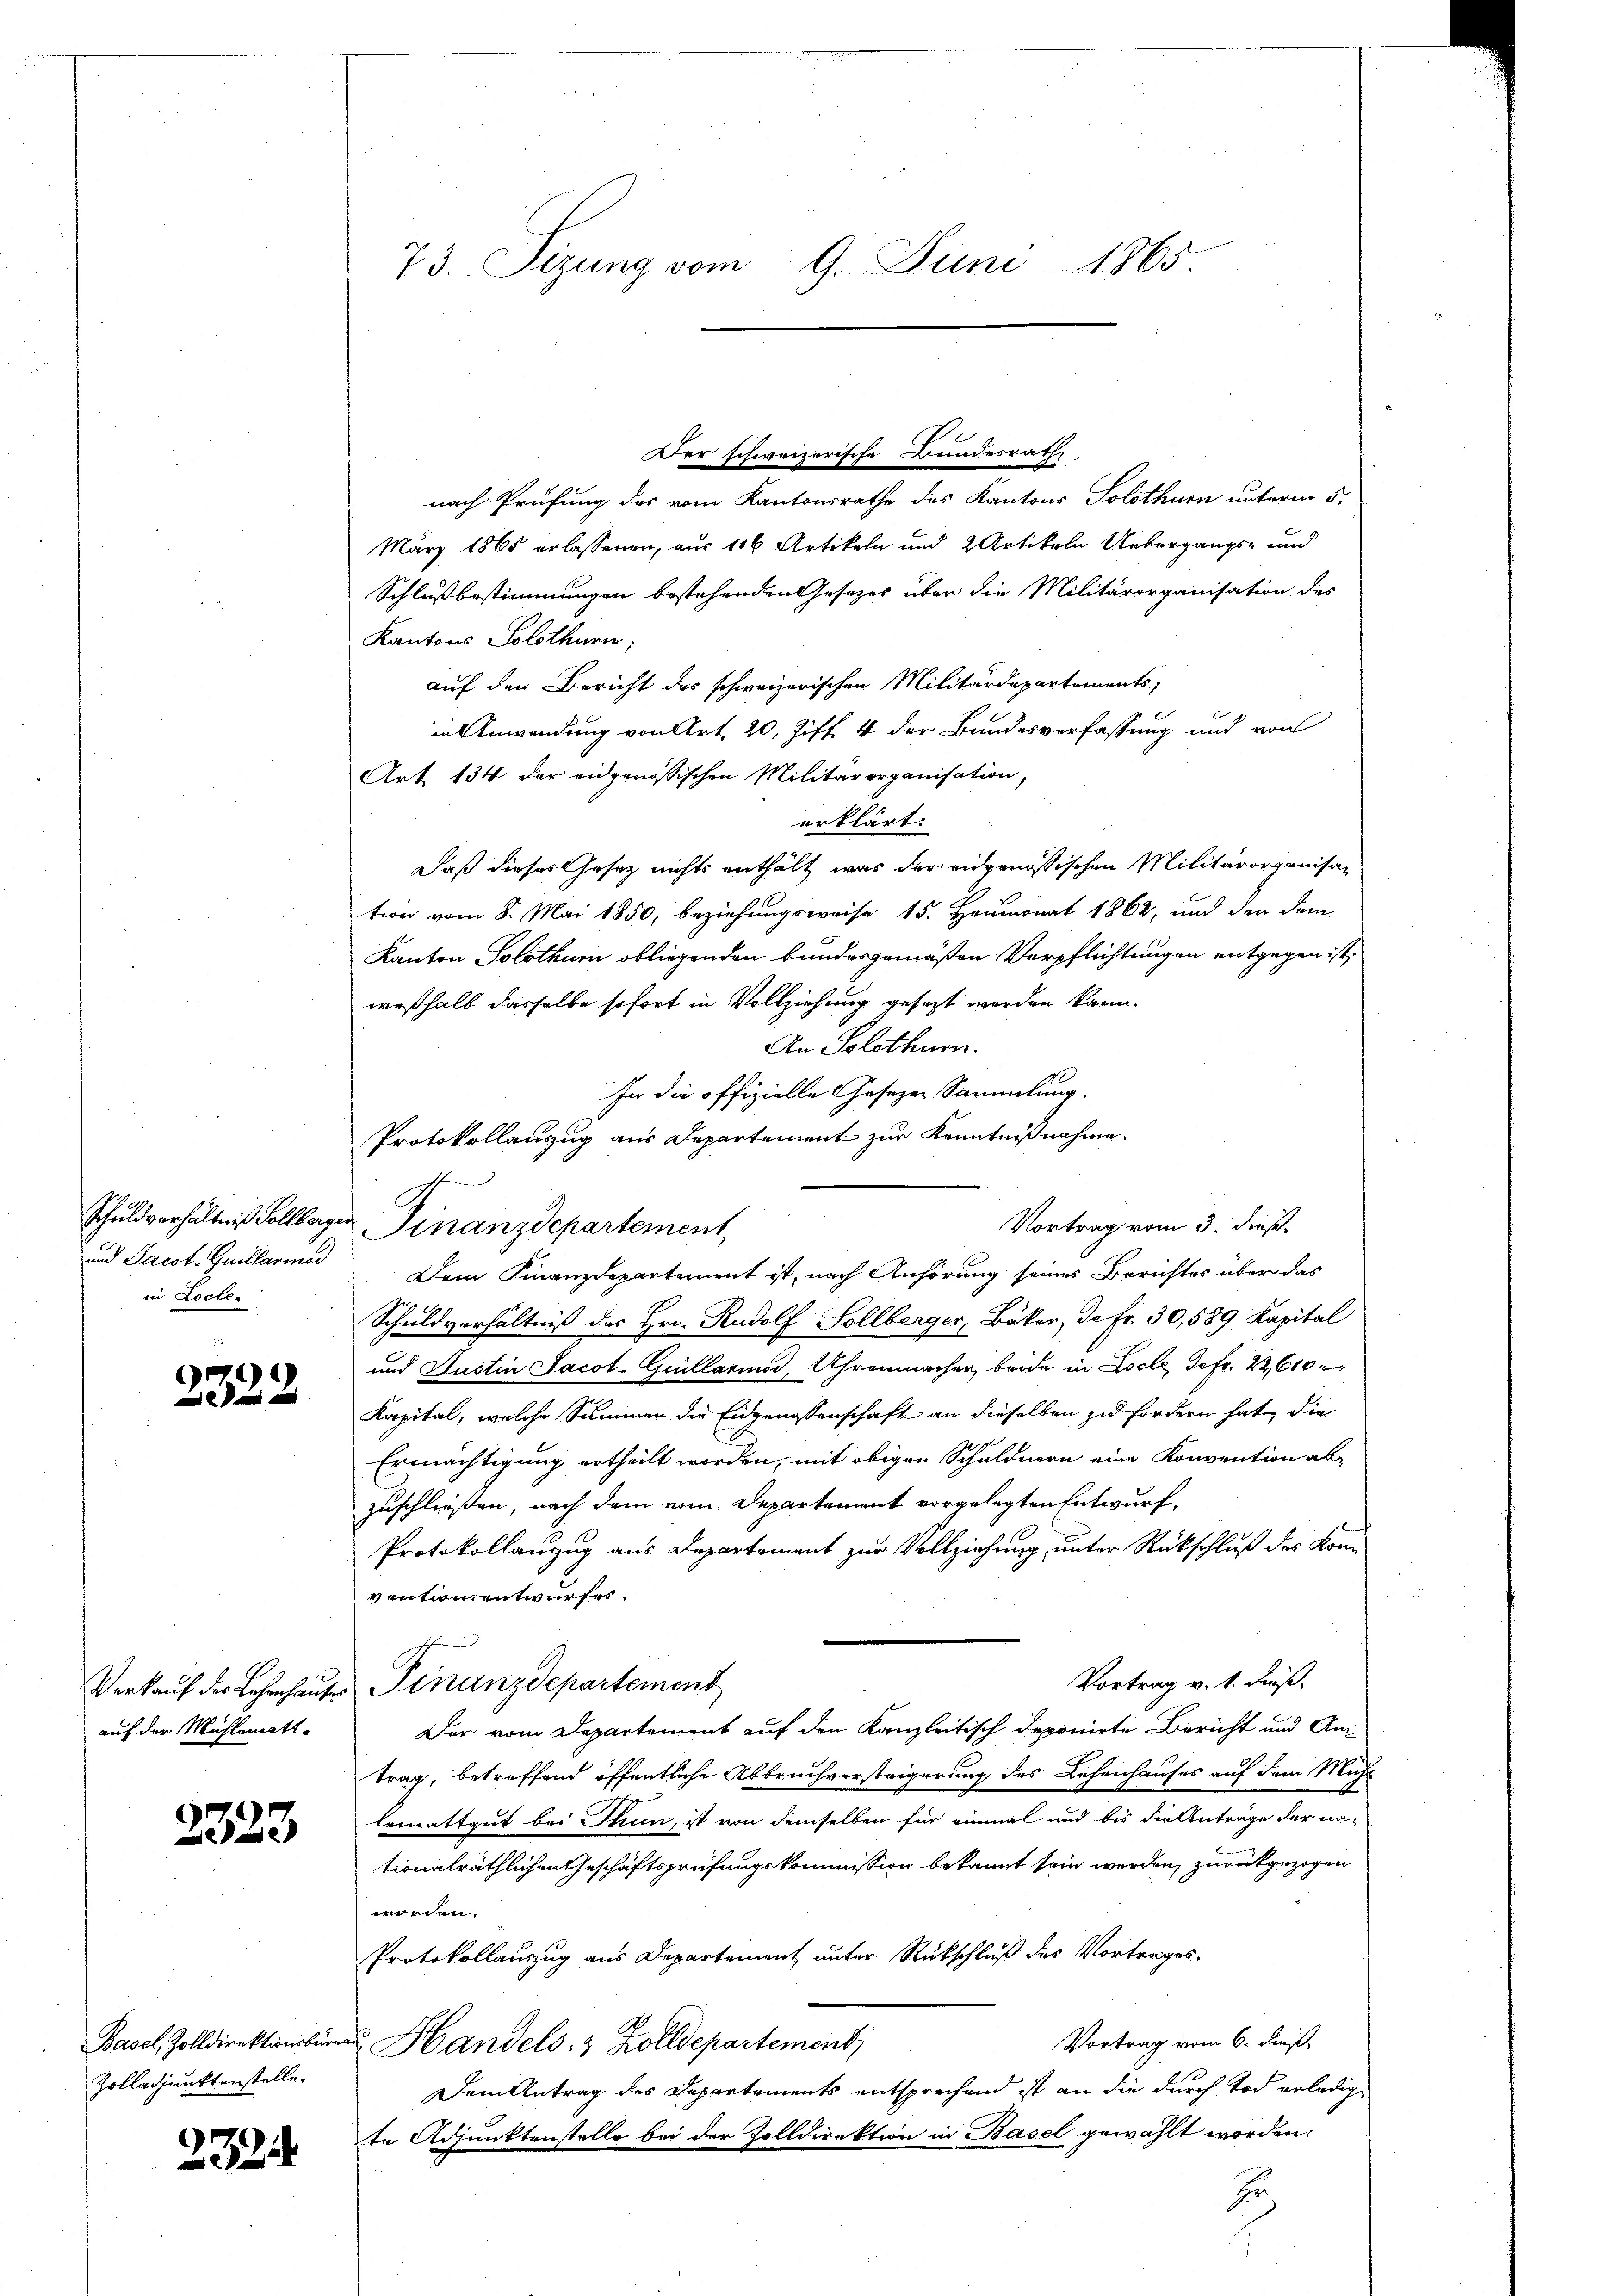
in Locles

2322

auf der Mühlematte

2323

Der schweizerische Bundesrath,
nach Prüfung des vom Kantonsrathe des Kantons Solothurn unterm 5.
März 1865 erlassenen, aus 116 Artikeln und 2 Artikeln Uebergangs- und
Schlußbestimmungen bestehenden Gesetzes über die Militärorganisation des
Kantons Solothurn,
auf den Bericht des schweizerischen Militärdepartements,
in Anwendung von Art. 20, Ziff. 4 der Bundesverfassung und von
Art. 134 der eidgenössischen Militärorganisation,
erklärt:
Daß dieses Gesetz nichts enthält, was der eidgenössischen Militärorganisation vom 8. Mai 1850, beziehungsweise 15. Heumonat 1862, und den dem
Kanton Solothurii obliegenden bundesgemäßen Verpflichtungen entgegen ist,
weßhalb dasselbe sofort in Vollziehung gesezt werden kann.
An Solothurn.
In die offizielle Gesezen Sammlung.
Protokollauszug aus Departement zur Kenntnißnahme.
Schuldverhältniß Sollbergen Finanzdepartement
Vortrag vom 3. dieß.
und Jacot-Guillarme Dem Finanzdepartement ist, nach Anhörung seines Berichtes über das
Schuldverhältniß des Hrn. Rudolf Sollberger, Bäker, de fr. 30,589 Kapital
und Justin Jacot-Guillario, Uhrenmachen, beide in Locle, Jofr. 22610
Kapital, welche Summen die Eidgenossenschaft an dieselben zu fordern hat, die
Ermächtigung ertheilt worden, mit obigen Schuldnern eine Konvention abzuschließen, nach dem vom Departement vorgelegten Entwurf,
Protokollanzug aus Departement zur Vollziehung unter Rückschluß der Konventansentwurfes.
Vortrag v. 1. dieß,
Verkauf der Lehenhauser Finanzdepartement
Der vom Departement auf den Kanzleitisch deponirte Bericht und Antrag, betreffend öffentliche Abbruchversteigerung des Lehenhauses auf dem Mühl
lemattgut bei Thun, ist von demselben für einmal und bis die Anträge der na-
tionalräthlichen Geschäftsprüfungskommission bekannt sein werden, zurückgezogen
worden.
Protokollauszug aus Departement unter Rückschluß des Vortrages
Vortrag vom 6. dieß,
Basel, Zolldirektion Handels- & Zolldepartement
Dem Antrag des Departements entsprechend ist an die durch Tod erledigte Adjunktenstelle bei der Zolldirektion in Basel gewählt worden:
zu

Zolladjunktenstelle.

2324

73. Sizung vom 9. Juni 1865.

g